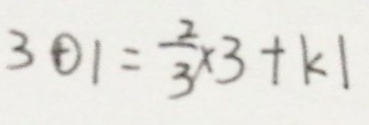
3 0 1 = \frac { 2 } { 3 } \times 3 + k 1